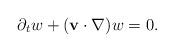
LaTeX: \begin{align*}\partial_t w+(\mathbf{v}\cdot \nabla)w=0.\end{align*}